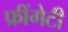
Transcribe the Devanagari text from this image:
फ्रींगेटी